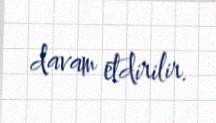
davam etdirilir.